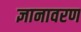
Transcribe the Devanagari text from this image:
ज्ञानावरण